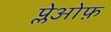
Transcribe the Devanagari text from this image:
प्लेओफ़